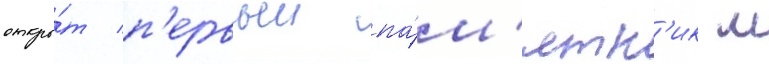
откры́т п'ервыи па́м'ятн'ик м